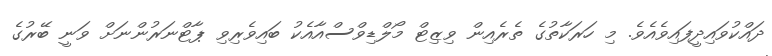
ދައްކުވައިދީފައިވެއެވެ. މި ހަރަކާތުގެ ތެރެއިން ވިޒިޓް މޯލްޑިވްސްއާއެކު ބައިވެރިވި ޕާޓްނަރުންނަށް ވަނީ ބޭރުގެ